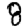
Digit: 8